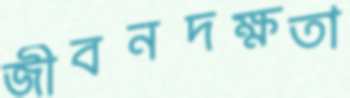
জীবনদক্ষতা